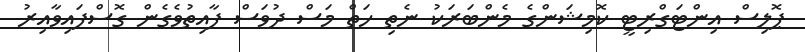
ޕޮލިސް އިންޓަގްރިޓީ ކޮމިޝަންގެ މެންބަރަކު ނެތި ހަތް މަސް ދުވަސް ފާއިތުވެގެން ގޮސްފައިވާއިރު